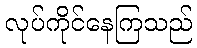
လုပ်ကိုင်နေကြသည်